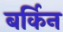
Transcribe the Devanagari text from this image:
बर्किन